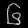
Digit: ၆